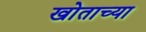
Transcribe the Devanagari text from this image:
खोताच्या